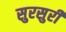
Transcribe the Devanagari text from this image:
सुरसुरी